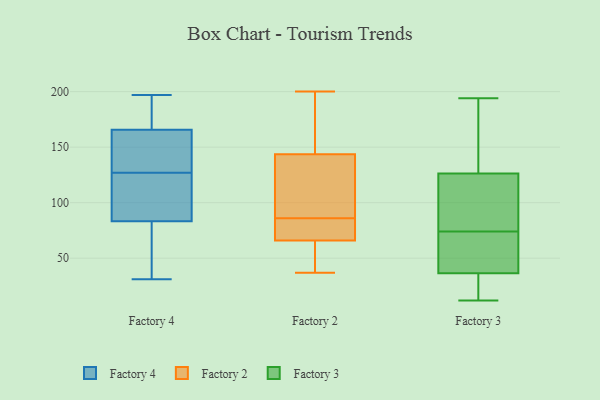
{"axis": {"x": "Churn Rate (%)", "y": "Value"}, "legend": ["Factory 2", "Factory 3", "Factory 4"], "data": [{"x": "", "y": 110, "type": "Factory 4"}, {"x": "", "y": 136, "type": "Factory 4"}, {"x": "", "y": 31, "type": "Factory 4"}, {"x": "", "y": 197, "type": "Factory 4"}, {"x": "", "y": 93, "type": "Factory 4"}, {"x": "", "y": 165, "type": "Factory 4"}, {"x": "", "y": 127, "type": "Factory 4"}, {"x": "", "y": 183, "type": "Factory 4"}, {"x": "", "y": 80, "type": "Factory 4"}, {"x": "", "y": 46, "type": "Factory 4"}, {"x": "", "y": 166, "type": "Factory 4"}, {"x": "", "y": 163, "type": "Factory 2"}, {"x": "", "y": 114, "type": "Factory 2"}, {"x": "", "y": 181, "type": "Factory 2"}, {"x": "", "y": 62, "type": "Factory 2"}, {"x": "", "y": 82, "type": "Factory 2"}, {"x": "", "y": 70, "type": "Factory 2"}, {"x": "", "y": 70, "type": "Factory 2"}, {"x": "", "y": 200, "type": "Factory 2"}, {"x": "", "y": 124, "type": "Factory 2"}, {"x": "", "y": 90, "type": "Factory 2"}, {"x": "", "y": 37, "type": "Factory 2"}, {"x": "", "y": 48, "type": "Factory 2"}, {"x": "", "y": 112, "type": "Factory 3"}, {"x": "", "y": 12, "type": "Factory 3"}, {"x": "", "y": 181, "type": "Factory 3"}, {"x": "", "y": 13, "type": "Factory 3"}, {"x": "", "y": 119, "type": "Factory 3"}, {"x": "", "y": 45, "type": "Factory 3"}, {"x": "", "y": 74, "type": "Factory 3"}, {"x": "", "y": 23, "type": "Factory 3"}, {"x": "", "y": 107, "type": "Factory 3"}, {"x": "", "y": 70, "type": "Factory 3"}, {"x": "", "y": 188, "type": "Factory 3"}, {"x": "", "y": 41, "type": "Factory 3"}, {"x": "", "y": 148, "type": "Factory 3"}, {"x": "", "y": 117, "type": "Factory 3"}, {"x": "", "y": 50, "type": "Factory 3"}, {"x": "", "y": 194, "type": "Factory 3"}, {"x": "", "y": 17, "type": "Factory 3"}]}